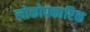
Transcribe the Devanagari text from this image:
लोकोपकारिक